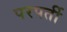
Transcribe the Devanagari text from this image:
परपर्ती